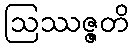
ဩဿဇ္ဇတိ